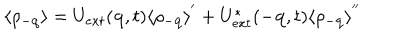
\langle \rho _ { - { \bf { q } } } \rangle = U _ { e x t } ( { \bf { q } } , t ) \langle \rho _ { - { \bf { q } } } \rangle ^ { ' } + U _ { e x t } ^ { * } ( - { \bf { q } } , t ) \langle \rho _ { - { \bf { q } } } \rangle ^ { ' ^ { \prime } }